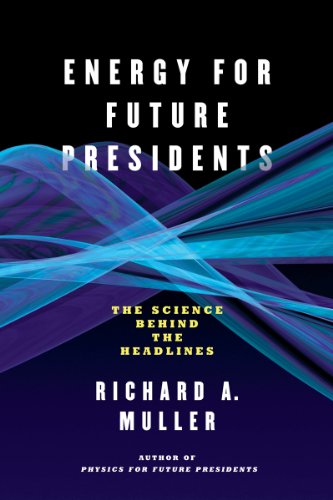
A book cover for Energy for Future Presidents: The Science Behind the Headlines; Richard A. Muller; Engineering & Transportation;